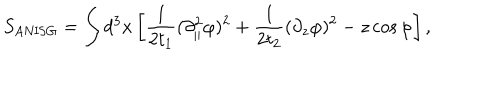
S _ { \mathrm { A N I S G } } = \int d ^ { 3 } x \left[ \frac { 1 } { 2 t _ { 1 } } ( \partial _ { \parallel } ^ { 2 } \varphi ) ^ { 2 } + \frac { 1 } { 2 t _ { 2 } } ( \partial _ { z } \varphi ) ^ { 2 } - z \cos \varphi \right] ,